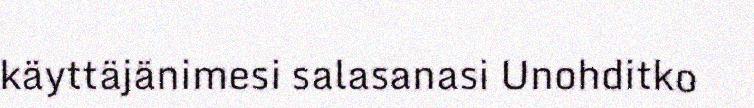
käyttäjänimesi salasanasi Unohditko